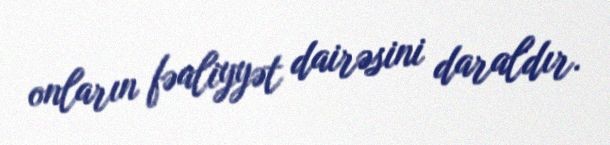
onların fəaliyyət dairəsini daraldır.